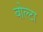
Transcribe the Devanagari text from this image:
बोल्टा